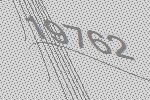
19762